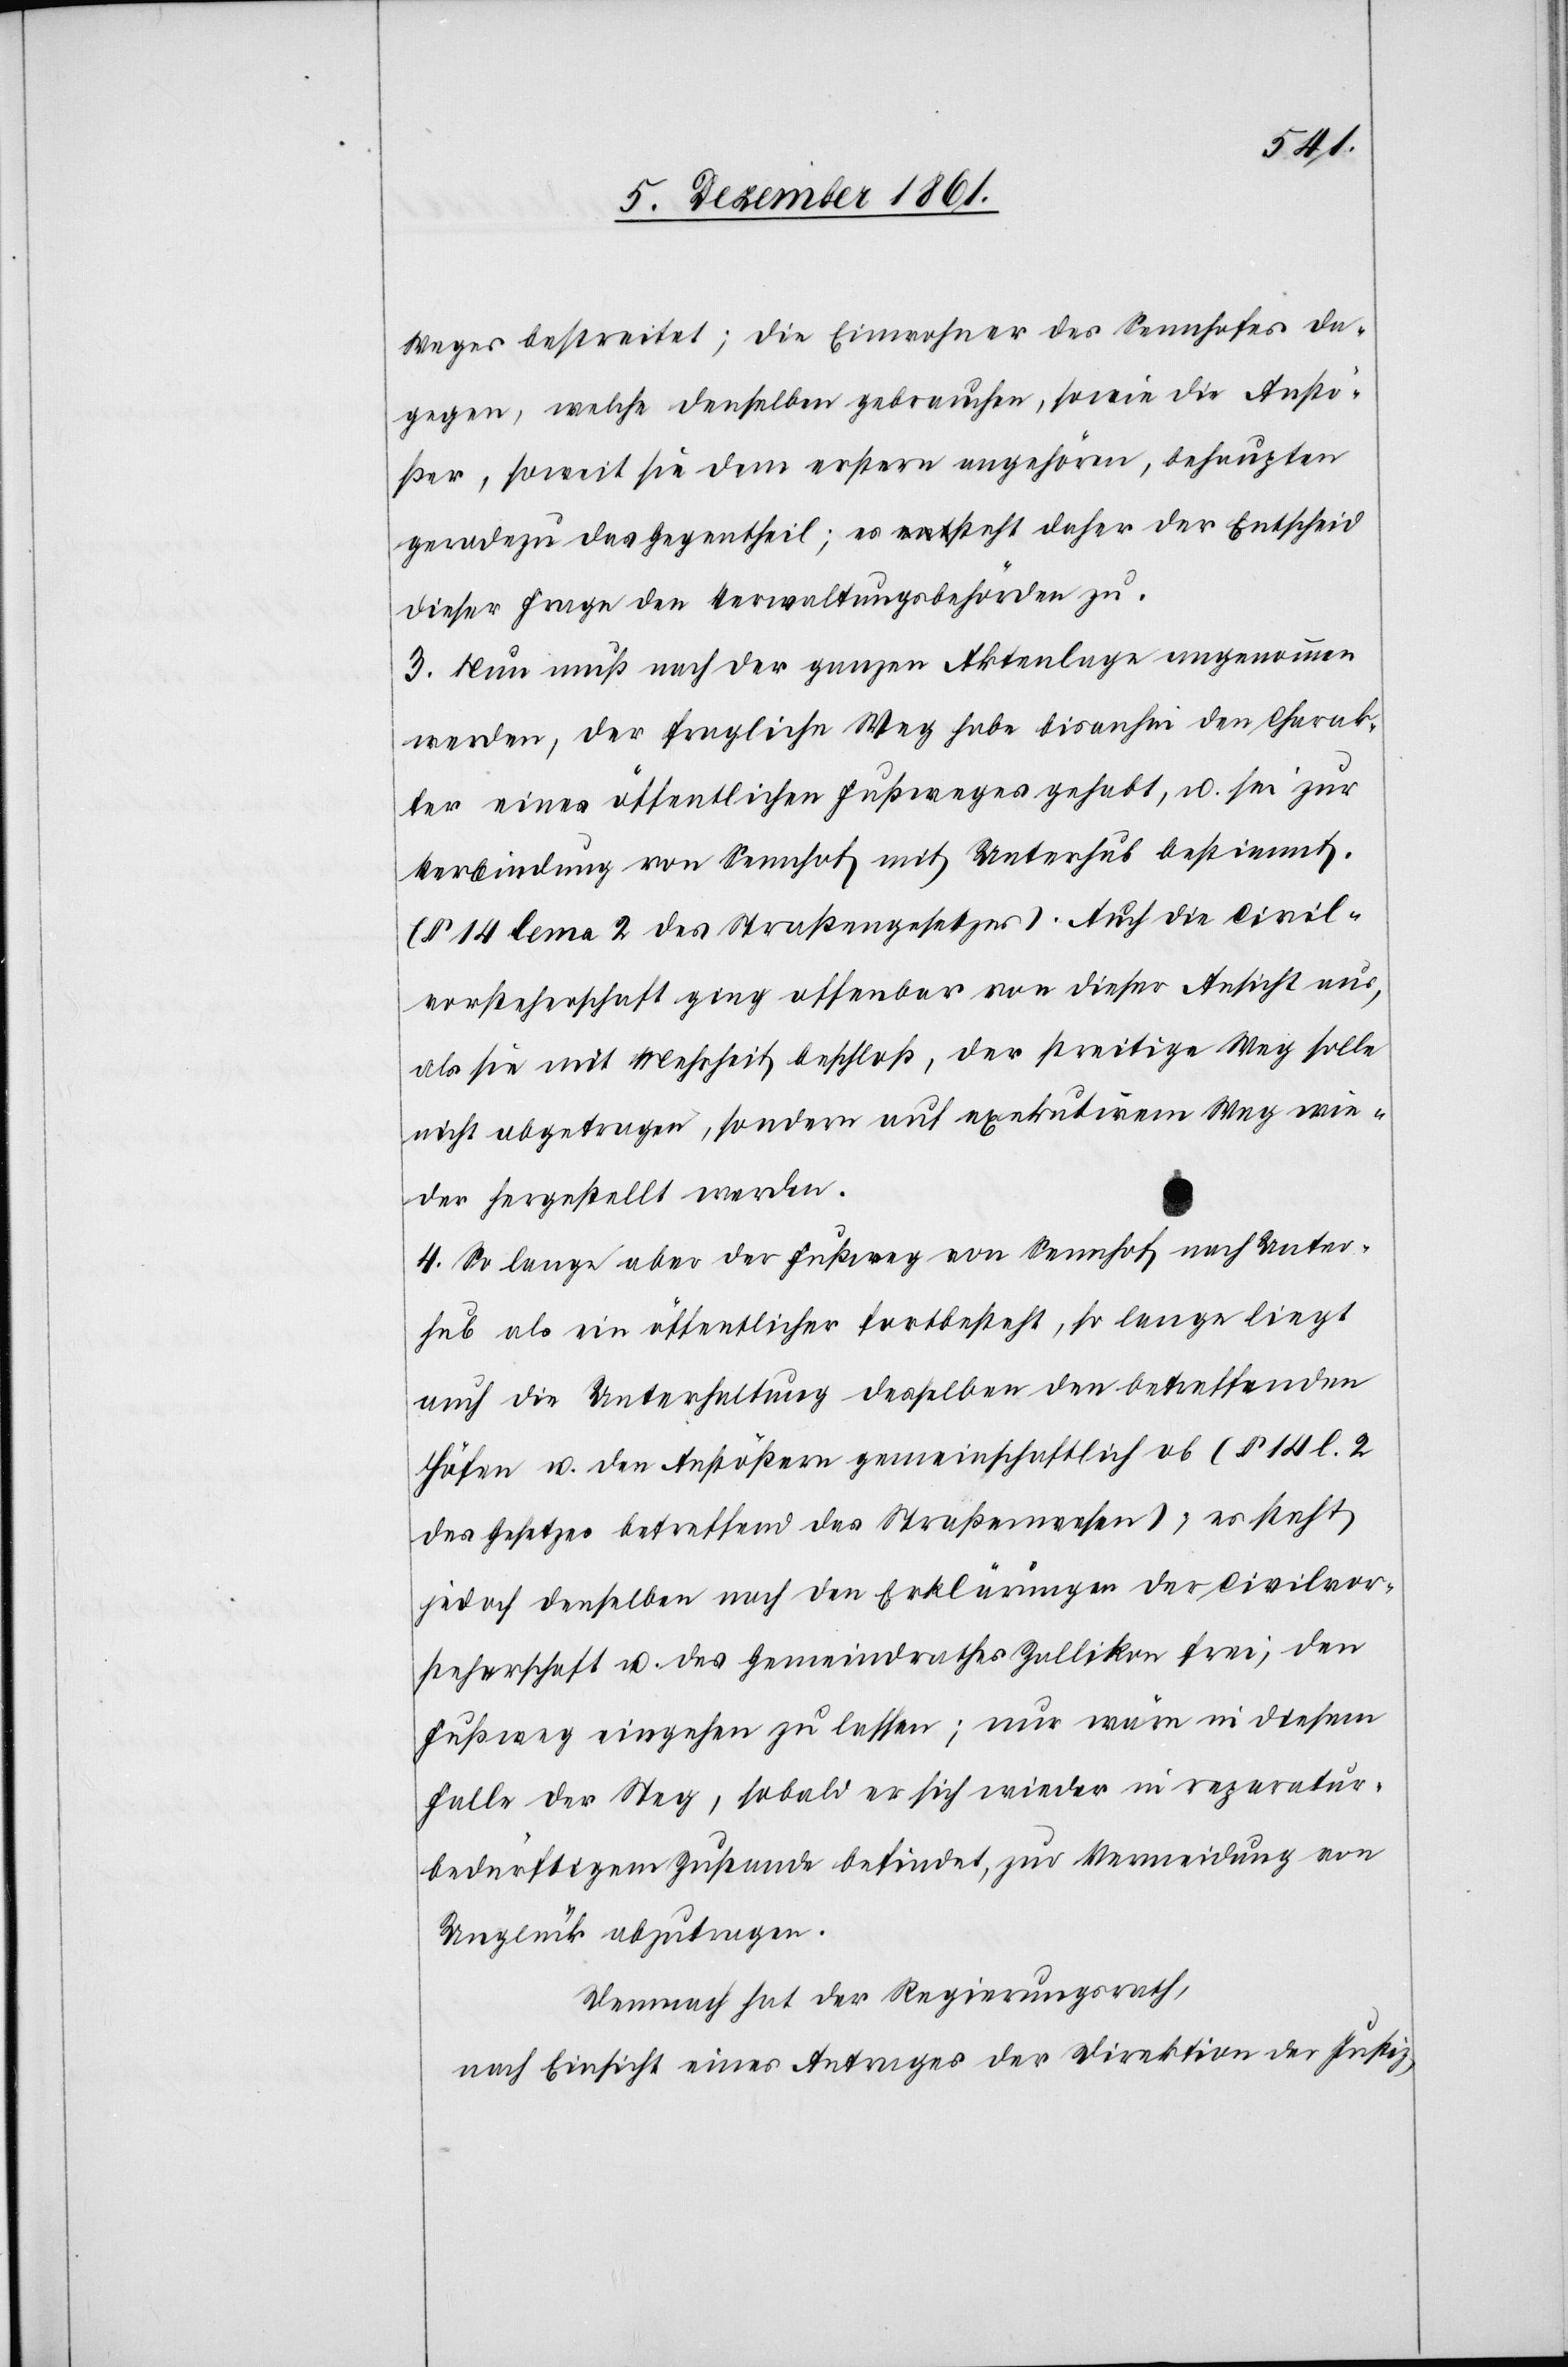
Weges bestreitet; die Einwohner des Sennhofes da¬
gegen, welche denselben gebrauchen, sowie die Anstö¬
ßer, soweit sie dem erstern angehören, behaupten
geradezu das Gegentheil; es steht daher der Entscheid
dieser Frage den Verwaltungsbehörden zu.
3. Nun muß nach der ganzen Aktenlage angenommen
werden, der fragliche Weg habe bisanhin den Charak¬
ter eines öffentlichen Fußweges gehabt, u. sei zur
Verbindung von Sennhof mit Unterhub bestimmt.
(§ 14 lema 2 des Straßengesetzes). Auch die Civil¬
vorsteherschaft ging offenbar von dieser Ansicht aus,
als sie mit Mehrheit beschloß, der streitige Weg solle
nicht abgetragen, sondern auf exekutivem Weg wie¬
der hergestellt werden.
4. So lange aber der Fußweg von Sennhof nach Unter¬
hub als ein öffentlicher fortbesteht, so lange liegt
auch die Unterhaltung desselben den betreffenden
Höfen u. den Anstößern gemeinschaftlich ob (§ 14 l. 2
des Gesetzes betreffend das Straßenwesen), es steht
jedoch denselben nach den Erklärungen der Civilvor¬
steherschaft u. des Gemeindrathes Zollikon frei, den
Fußweg eingehen zu lassen; nur wäre in diesem
Falle der Weg, sobald er sich wieder in reparatur¬
bedürftigem Zustande befindet, zur Vermeidung von
Unglück abzutragen.
Demnach hat der Regierungsrath,
nach Einsicht eines Antrages der Direktion der Justiz,